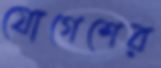
যোগেশের